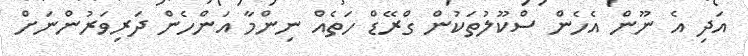
އަދި އެ ނޫން އެހެން ސްކޫލުތަކުން ގްރޭޑް ހަތެއް ނިންމާ އަންހެން ދަރިވަރުންނަށް